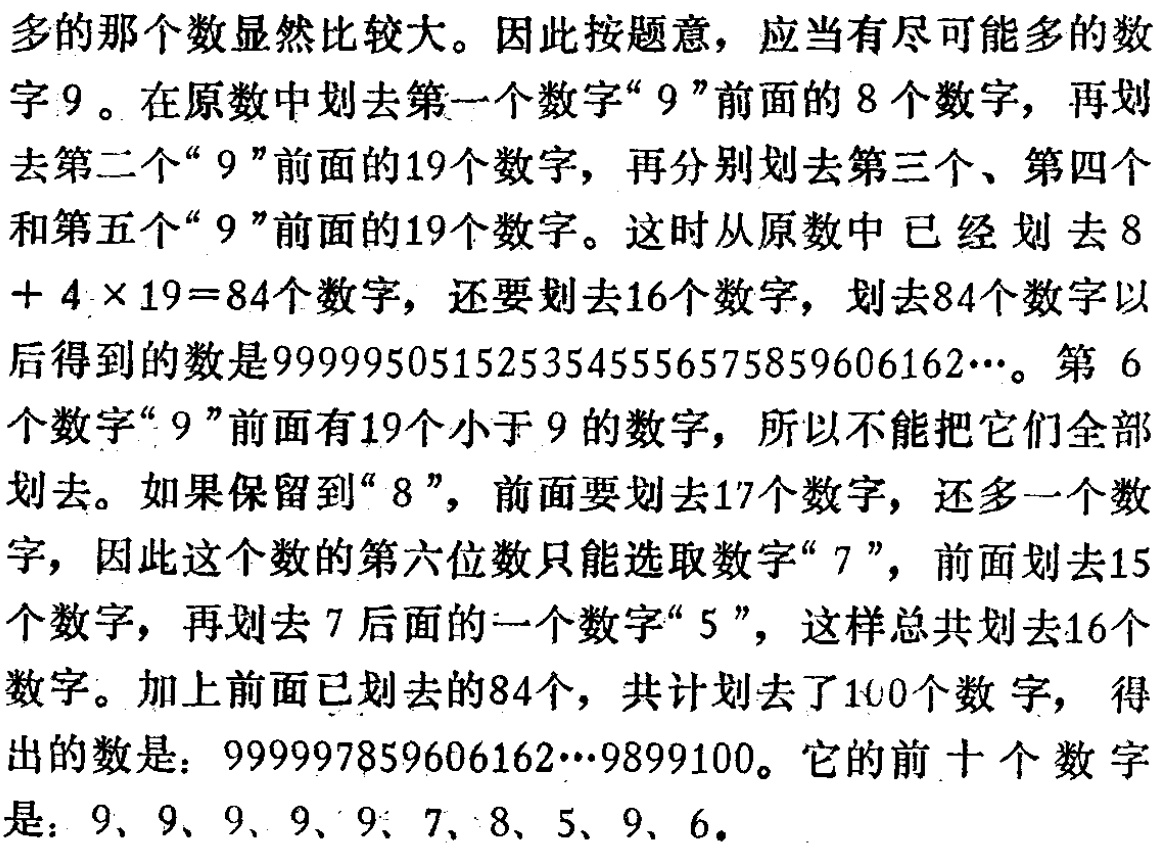
多的那个数显然比较大。因此按题意，应当有尽可能多的数字\(9\)。在原数中划去第一个数字“\(9\)”前面的\(8\)个数字，再划去第二个“\(9\)”前面的\(19\)个数字，再分别划去第三个、第四个和第五个“\(9\)”前面的\(19\)个数字。这时从原数中已经划去\(8 + 4\times19 = 84\)个数字，还要划去\(16\)个数字，划去\(84\)个数字以后得到的数是\(9999950515253545556575859606162\cdots\)。第\(6\)个数字“\(9\)”前面有\(19\)个小于\(9\)的数字，所以不能把它们全部划去。如果保留到“\(8\)”，前面要划去\(17\)个数字，还多一个数字，因此这个数的第六位数只能选取数字“\(7\)”，前面划去\(15\)个数字，再划去\(7\)后面的一个数字“\(5\)”，这样总共划去\(16\)个数字。加上前面已划去的\(84\)个，共计划去了\(100\)个数字，得出的数是：\(999997859606162\cdots9899100\)。它的前十个数字是：\(9\)、\(9\)、\(9\)、\(9\)、\(9\)、\(7\)、\(8\)、\(5\)、\(9\)、\(6\)。